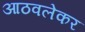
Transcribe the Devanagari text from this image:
आठवलेकर